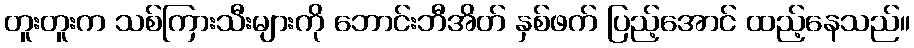
တူးတူးက သစ်ကြားသီးများကို ဘောင်းဘီအိတ် နှစ်ဖက် ပြည့်အောင် ထည့်နေသည်။